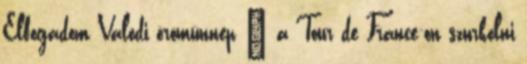
Elfogadom Valódi örömünnep – a Tour de France-on szurkolni